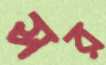
সর